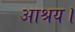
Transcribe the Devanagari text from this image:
आश्रय।